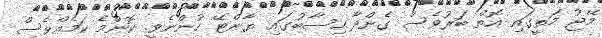
މޭޖު މަތީގައި އޮތް ބަރުވެސް ގެންދާ ހިސާބުގައި ޔާންޓޭ ހުންނެވީ. ކޮންމެ ކަމެއްވެސް